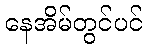
နေအိမ်တွင်ပင်